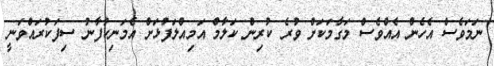
ނަމަވެސް އެހެން އެއްވެސް މަގާމަކަށް ވުރެ ކުރިން ކަލާމް އަމިއްލަފުޅަށް އެމަނިކުފާނު ސިފަކުރައްވަނީ